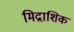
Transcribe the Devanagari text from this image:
मिद्राशिक